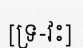
[ទ្រ-វះ]